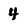
Character: 4